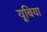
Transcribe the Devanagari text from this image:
यूबिया